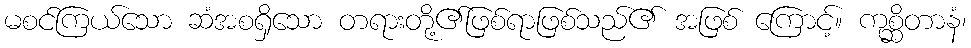
မစင်ကြယ်သော ဆံအစရှိသော တရားတို့၏ဖြစ်ရာဖြစ်သည်၏ အဖြစ် ကြောင့်။ ကုစ္ဆိတာနံ၊